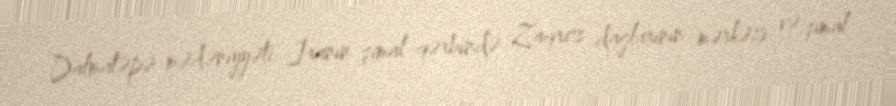
Dalmatəpə mədəniyyəti İranın şimal-qərbində Zaqros dağlarının mərkəzi və şimal